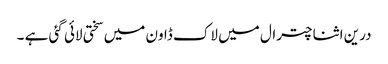
درین اثنا چترال میں لاک ڈاون میں سختی لائی گئی ہے ۔